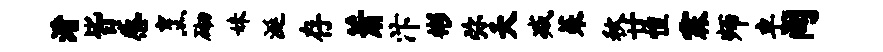
淆皆感烹砌妹涎存萧汴彬弥夭减茱秋廿惶霖师卓间